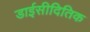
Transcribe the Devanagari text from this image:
डाईसीदितिक